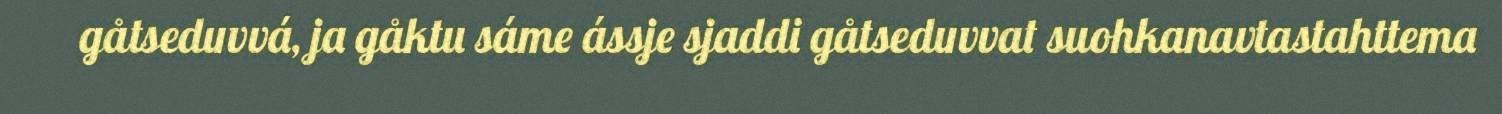
gåtseduvvá, ja gåktu sáme ássje sjaddi gåtseduvvat suohkanavtastahttema